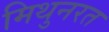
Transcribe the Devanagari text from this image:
मिथुनरत